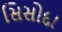
સિસોદા